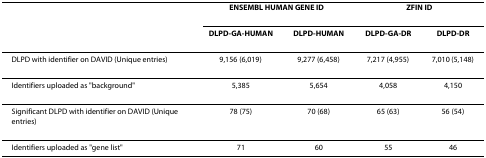
<table><thead><tr><td></td><td colspan="2"><b>ENSEMBL HUMAN GENE ID</b></td><td colspan="2"><b>ZFIN ID</b></td></tr><tr><td></td><td><b>DLPD-GA-HUMAN</b></td><td><b>DLPD-HUMAN</b></td><td><b>DLPD-GA-DR</b></td><td><b>DLPD-DR</b></td></tr></thead><tbody><tr><td>DLPD with identifier on DAVID (Unique entries)</td><td>9,156 (6,019)</td><td>9,277 (6,458)</td><td>7,217 (4,955)</td><td>7,010 (5,148)</td></tr><tr><td>Identifiers uploaded as &quot;background&quot;</td><td>5,385</td><td>5,654</td><td>4,058</td><td>4,150</td></tr><tr><td>Significant DLPD with identifier on DAVID (Unique entries)</td><td>78 (75)</td><td>70 (68)</td><td>65 (63)</td><td>56 (54)</td></tr><tr><td>Identifiers uploaded as &quot;gene list&quot;</td><td>71</td><td>60</td><td>55</td><td>46</td></tr></tbody></table>